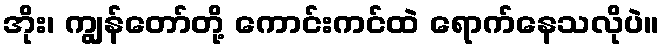
အိုး၊ ကျွန်တော်တို့ ကောင်းကင်ထဲ ရောက်နေသလိုပဲ။